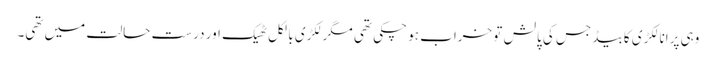
وہی پرانا لکڑی کا بیڈ جس کی پالش تو خراب ہو چکی تھی مگر لکڑی بالکل ٹھیک اور درست حالت میں تھی۔